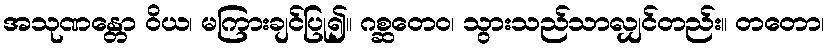
အသုဏန္တော ဝိယ၊ မကြားချင်ပြု၍။ ဂစ္ဆတေဝ၊ သွားသည်သာလျှင်တည်း။ တတော၊